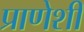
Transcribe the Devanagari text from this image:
प्राणेशी